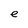
Character: e